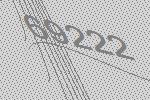
69222